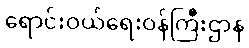
ရောင်းဝယ်ရေးဝန်ကြီးဌာန